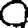
Digit: 0